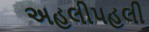
અહલીપહલી